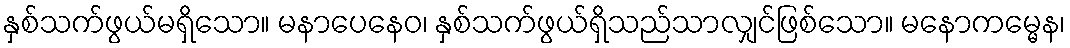
နှစ်သက်ဖွယ်မရှိသော။ မနာပေနေဝ၊ နှစ်သက်ဖွယ်ရှိသည်သာလျှင်ဖြစ်သော။ မနောကမ္မေန၊